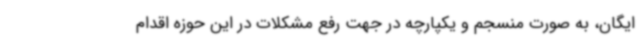
ایگان، به صورت منسجم و یکپارچه در جهت رفع مشکلات در این حوزه اقدام